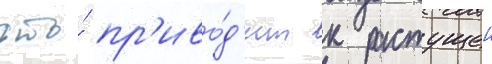
что́ пр'иво́д'ит к растущеи